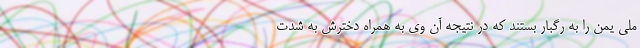
ملی یمن را به رگبار بستند که در نتیجه آن وی به همراه دخترش به شدت